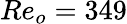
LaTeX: Re_{o}=349